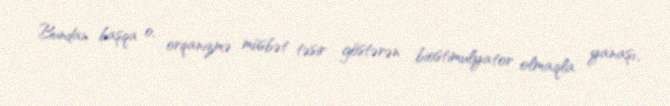
Bundan başqa o, orqanizmə müsbət təsir göstərən biostimulyator olmaqla yanaşı,